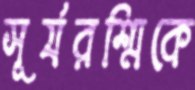
সূর্যরশ্মিকে